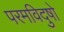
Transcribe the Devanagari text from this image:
परमविदुषो